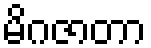
မိဂဇာတာ